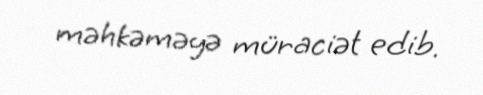
məhkəməyə müraciət edib.